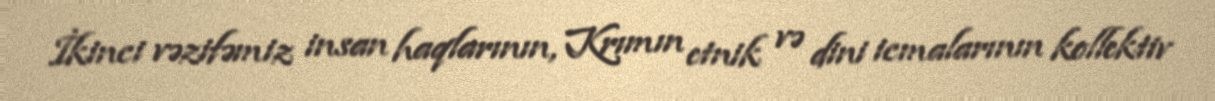
İkinci vəzifəmiz insan haqlarının, Krımın etnik və dini icmalarının kollektiv